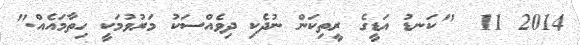
2014 11  "ކަނޑު އަޑީގެ ރީތިކަން ނުދެކި ދިވެއްސަކު މަރުވުމަކީ ހިތާމައެއް."